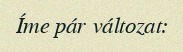
Íme pár változat: